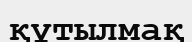
құтылмақ